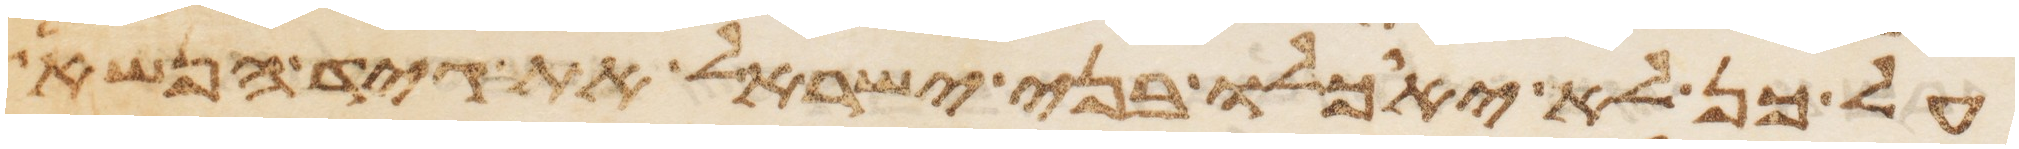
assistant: על כן לא יאכלו בני ישראל את גיד הנשא